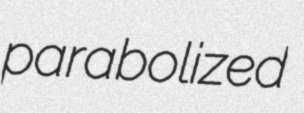
parabolized